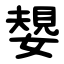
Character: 嫢